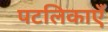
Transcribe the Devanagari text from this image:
पटलिकाएँ